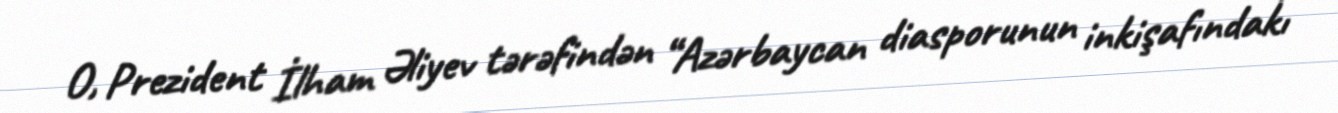
O, Prezident İlham Əliyev tərəfindən “Azərbaycan diasporunun inkişafındakı